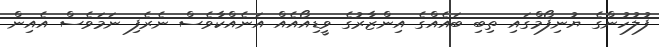
ފުލުހުންގެ ޔުނިފޯމްގައި ތިބި ބައެއްގެ އިންޒާރުގެ ވީޑިއޯއެއް އަނެއްކާވެސް ނެރެފި ނަމަވެސް އެއިން